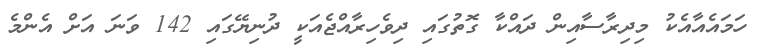
ހަމައެއާއެކު މިދިރާސާއިން ދައްކާ ގޮތުގައި ދިވެހިރާއްޖެއަކީ ދުނިޔޭގައި 142 ވަނަ އަށް އެންމެ